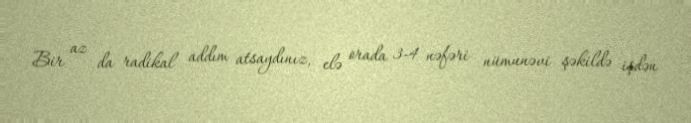
Bir az da radikal addım atsaydınız, elə orada 3-4 nəfəri nümunəvi şəkildə işdən